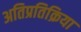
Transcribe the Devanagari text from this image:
अतिप्रतिक्रिया